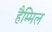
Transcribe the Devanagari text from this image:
हैम्मिल